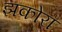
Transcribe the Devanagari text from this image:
झकोरा